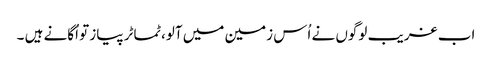
اب غریب لوگوں نے اُس زمین میں آلو،ٹماٹر پیاز تو اُگانے ہیں ۔